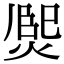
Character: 𤋅